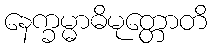
နေက္ခမ္မာဓိမုတ္တောတိ